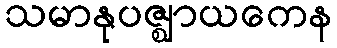
သမာနုပဇ္ဈာယကေန